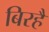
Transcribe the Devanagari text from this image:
बिरहै